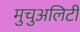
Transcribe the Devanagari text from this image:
मुचुअलिटी